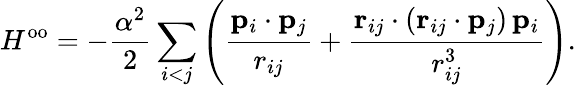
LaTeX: H^{\mathrm{oo}}=-\frac{\alpha^{2}}{2}\sum_{i<j}\left(\frac{\mathbf{p}_{i}\cdot\mathbf{p}_{j}}{r_{ij}}+\frac{\mathbf{r}_{ij}\cdot(\mathbf{r}_{ij}\cdot\mathbf{p}_{j})\, \mathbf{p}_{i}}{r_{ij}^{3}}\right).